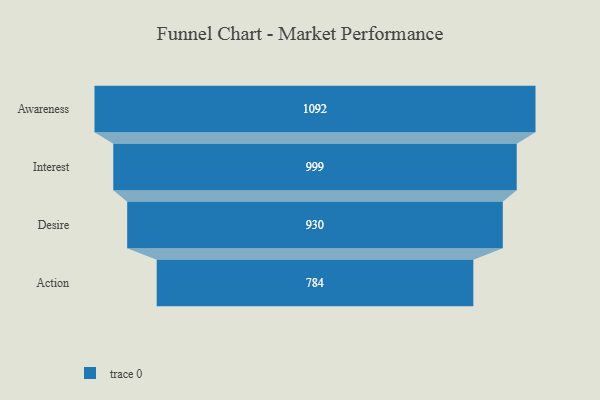
{"axis": {"x": "Stage", "y": "Value"}, "legend": [""], "data": [{"x": "Awareness", "y": 1092.0, "type": ""}, {"x": "Interest", "y": 999.0, "type": ""}, {"x": "Desire", "y": 930.0, "type": ""}, {"x": "Action", "y": 784.0, "type": ""}]}